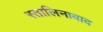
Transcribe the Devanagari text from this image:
स्तालिनाबाद